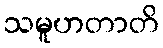
သမူဟတာတိ